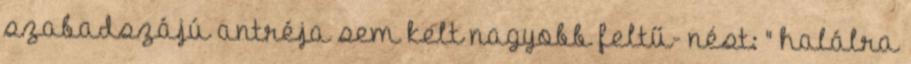
szabadszájú antréja sem kelt nagyobb feltű- nést: " halálra